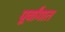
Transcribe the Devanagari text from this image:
पूर्वांगात